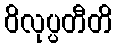
ဝိလုပ္ပတီတိ